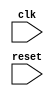
module pci_express_controller(
    input clk,
    input reset,
    // Add input and output ports for data transmission
    // Add modules for generating clock signals, controlling data transmission timings, and error detection and correction
    // Include logic for managing data flow between components of the system
);

// Add Verilog code for the PCI Express bus controller here

endmodule